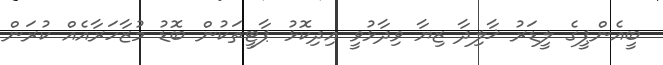
ބީއެންޕީގެ ލީޑަރު ޚާލިދާ ޒިޔާ ވިދާޅުވީ އިދިކޮޅު ޕާޓީތަކުން ބޮޑު މުޒާހަރާއެއް ކުރަން